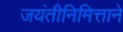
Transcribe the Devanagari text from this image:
जयंतीनिमित्ताने